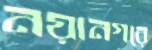
নয়ানগরে